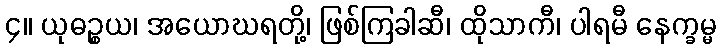
၄။ ယုဓဉ္စယ၊ အယောဃရတို့၊ ဖြစ်ကြခါဆီ၊ ထိုသာကီ၊ ပါရမီ နေက္ခမ္မ